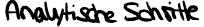
Analytische Schritte